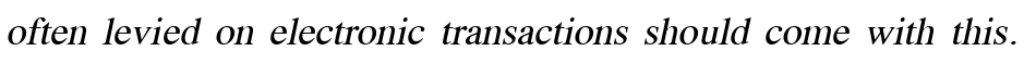
often levied on electronic transactions should come with this.